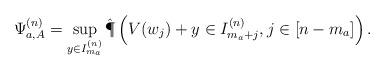
LaTeX: \begin{align*} \Psi^{(n)}_{a,A} = \sup_{y \in I^{(n)}_{m_{a}}} \hat{\P}\left( V(w_j) + y \in I^{(n)}_{m_{a}+j}, j \in [n-m_{a}] \right).\end{align*}